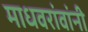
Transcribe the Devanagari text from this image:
माधवरांवांनी